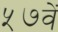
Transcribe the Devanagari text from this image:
५७वें